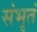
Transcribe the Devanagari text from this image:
संभृतं